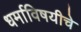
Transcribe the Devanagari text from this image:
धर्माविषयीचे